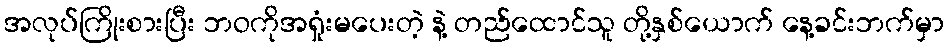
အလုပ်ကြိုးစားပြီး ဘဝကိုအရှုံးမပေးတဲ့ နဲ့ တည်ထောင်သူ တို့နှစ်ယောက် နေ့ခင်းဘက်မှာ